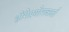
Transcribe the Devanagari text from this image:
होंगेप्रयोगकर्ता